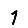
Digit: 1